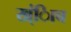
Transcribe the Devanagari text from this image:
ख्ंिाच